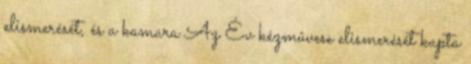
elismerését, és a kamara Az Év kézmûvese elismerését kapta